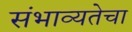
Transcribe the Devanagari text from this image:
संभाव्यतेचा